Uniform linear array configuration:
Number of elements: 64
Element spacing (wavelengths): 0.25
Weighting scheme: hann
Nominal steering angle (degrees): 15
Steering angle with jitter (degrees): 14.331
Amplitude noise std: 0.05
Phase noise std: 0.05

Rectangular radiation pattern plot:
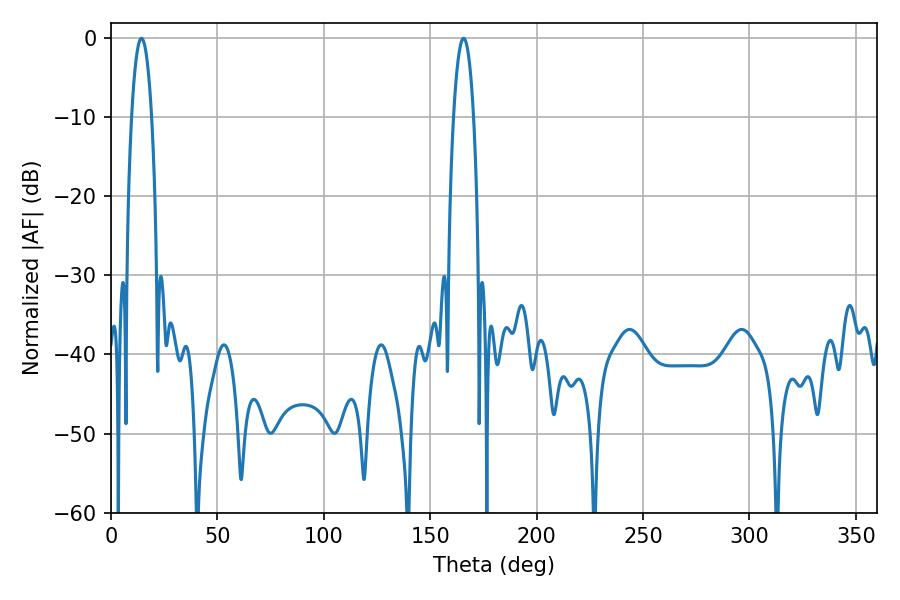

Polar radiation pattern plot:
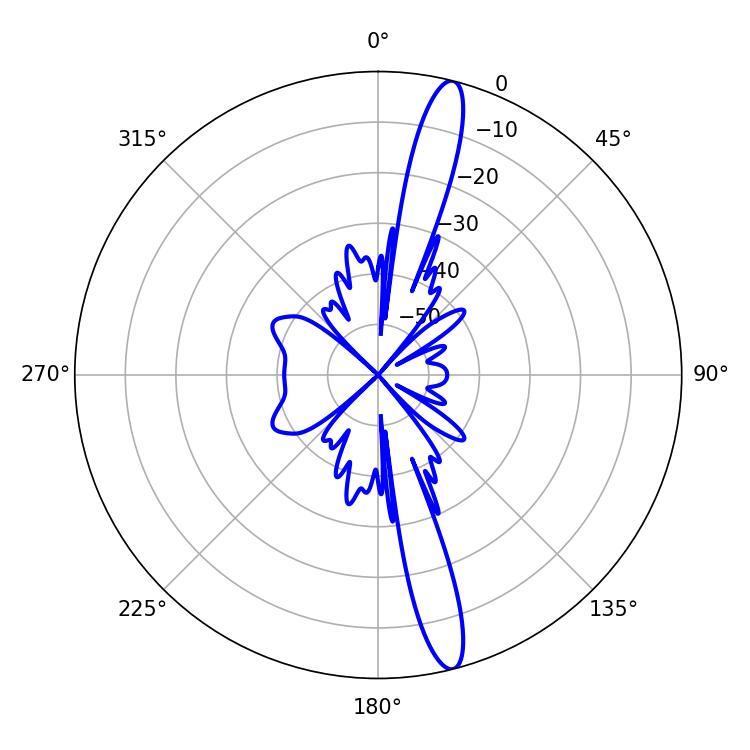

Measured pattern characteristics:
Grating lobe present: FALSE
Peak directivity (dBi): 16.148
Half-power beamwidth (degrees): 5.22
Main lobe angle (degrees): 14.4